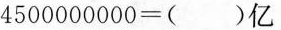
4500000000=()亿